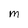
Character: M